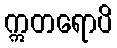
ဣတရောပိ